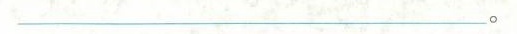
___ 。